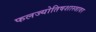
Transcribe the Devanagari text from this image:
फलज्योतिषशास्त्रावर